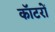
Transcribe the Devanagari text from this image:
कॉटरों